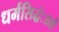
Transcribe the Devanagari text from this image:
धर्मसिद्धंातों